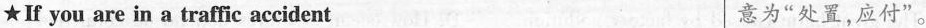
★If you are in a traffic accident 意为"处置，应付"。